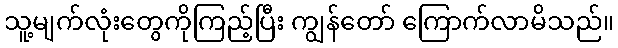
သူ့မျက်လုံးတွေကိုကြည့်ပြီး ကျွန်တော် ကြောက်လာမိသည်။